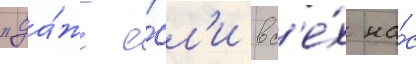
"да́же е́сл'и вс'е́х на́с